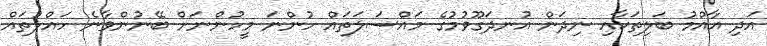
އަދި އާއްމު ބަލިތަކާއި ނިދަން އުނދަގޫވުމުގެ މައްސަލަތައް ހުންނަ މީހުންނަށް ބޭނުންވާނެ ހައްލުތައް